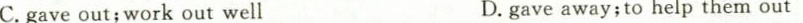
C.gave out; work out well D.gave away; to help them out